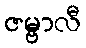
ဇမ္ဗာလီ